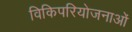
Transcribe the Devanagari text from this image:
विकिपरियोजनाओं